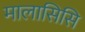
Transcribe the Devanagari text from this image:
मालासिसि